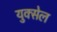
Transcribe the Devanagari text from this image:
युक्सेल